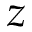
z